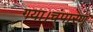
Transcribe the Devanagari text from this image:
गया।चंपारण